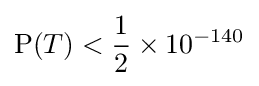
\operatorname {P} (T)<{\frac {1}{2}}\times 10^{-140}